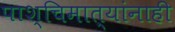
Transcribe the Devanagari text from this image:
पाश्चिमात्यांनाही